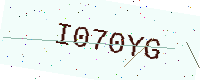
Text: I070YG